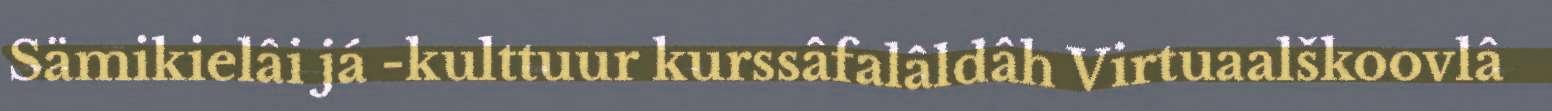
Sämikielâi já -kulttuur kurssâfalâldâh Virtuaalškoovlâ